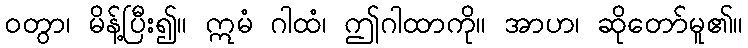
ဝတွာ၊ မိန့်ပြီး၍။ ဣမံ ဂါထံ၊ ဤဂါထာကို။ အာဟ၊ ဆိုတော်မူ၏။